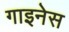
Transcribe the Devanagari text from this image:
गाइनेस